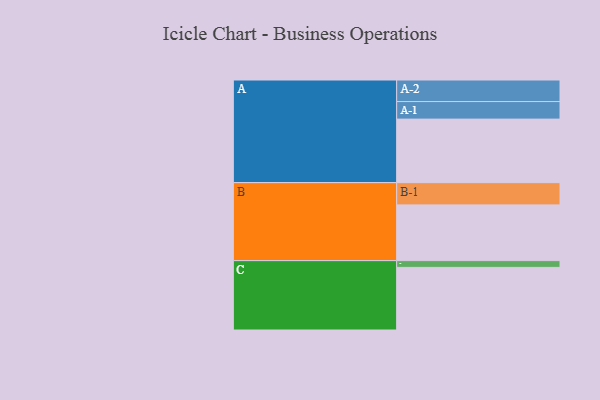
{"axis": {"x": "Segment", "y": "Value"}, "legend": ["", "A", "B", "C"], "data": [{"x": "A", "y": 554, "type": ""}, {"x": "B", "y": 486, "type": ""}, {"x": "C", "y": 546, "type": ""}, {"x": "A-1", "y": 153, "type": "A"}, {"x": "A-2", "y": 188, "type": "A"}, {"x": "B-1", "y": 194, "type": "B"}, {"x": "C-1", "y": 59, "type": "C"}]}